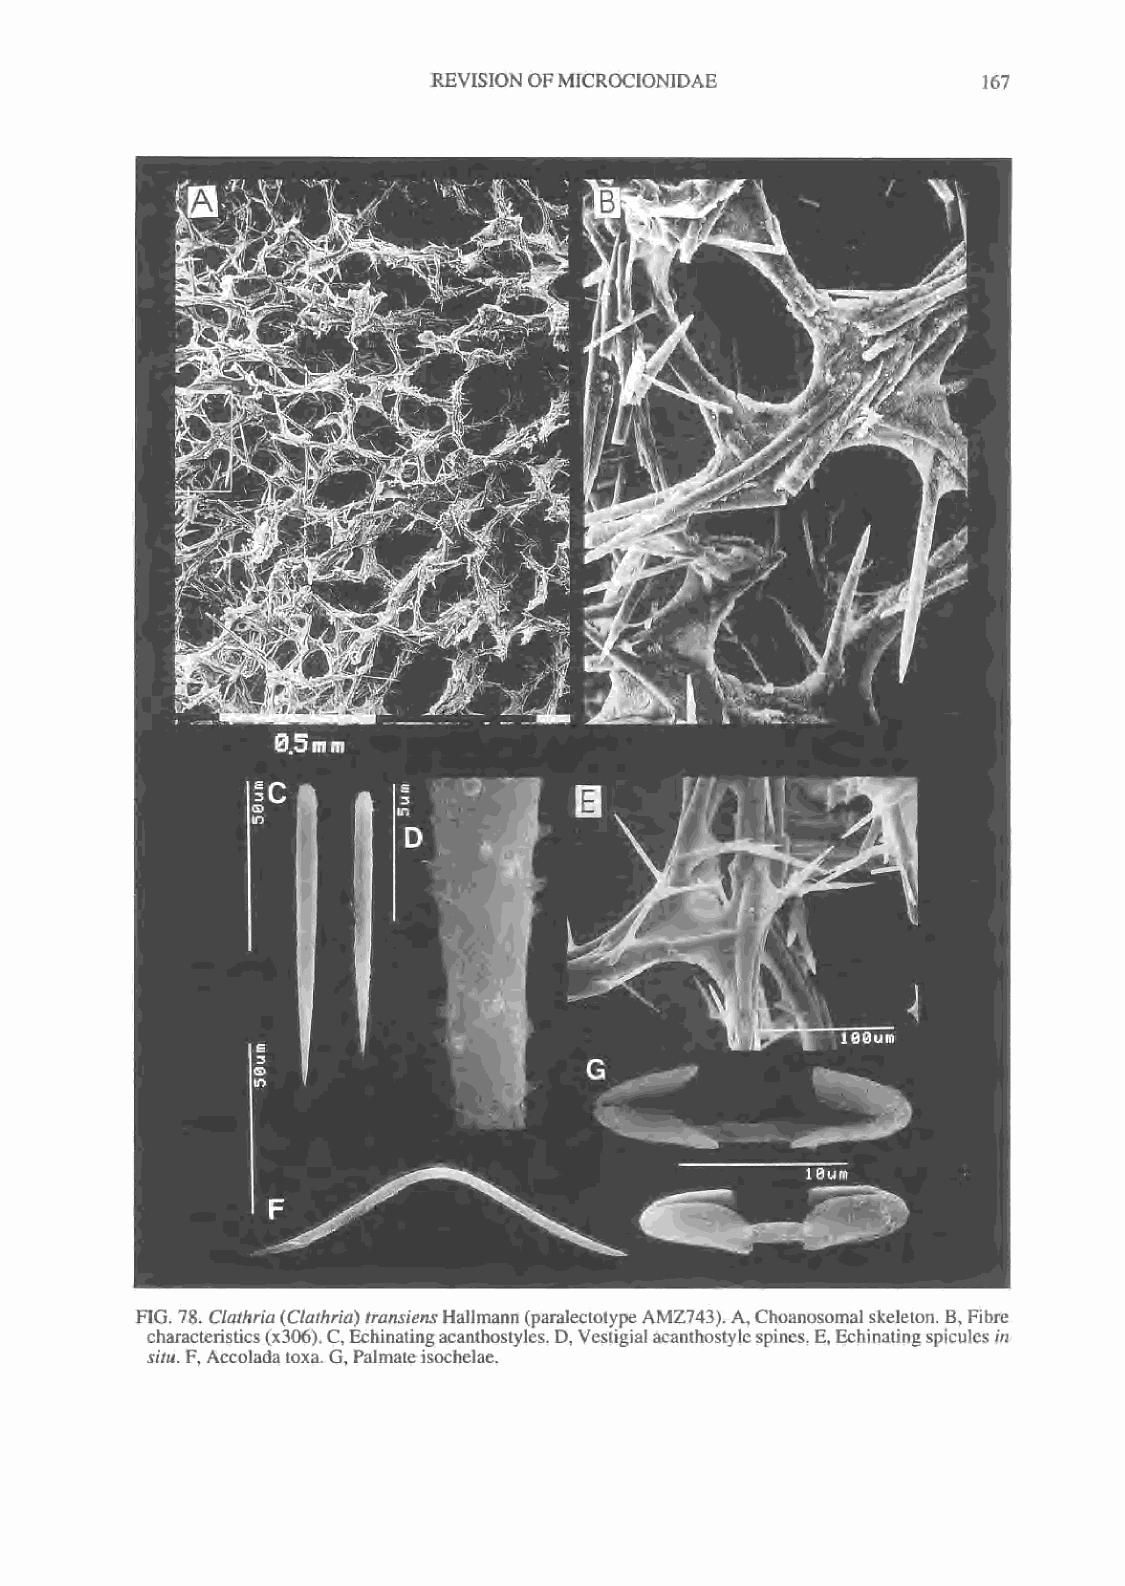
REVISION OFMICROCIONIDAE            167
 FIG. 78. Clathria(Clathria) transiensHallmann(paraleclotypeAMZ743). A,Choanosomal skeleton. B, Fibre
 characteristics(x306).C,Echinatingacanthostyles.D,Vestigialacanthostylespines.E,Echinatingspicules in
 situ. F, Accolada toxa. G, Palmateisochelae.